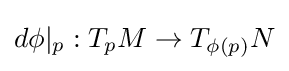
d\phi |_{p}:T_{p}M\rightarrow T_{\phi (p)}N